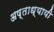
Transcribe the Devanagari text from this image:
अष्ताध्यायी